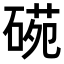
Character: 𥔙